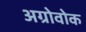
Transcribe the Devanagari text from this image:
अग्रोवोक